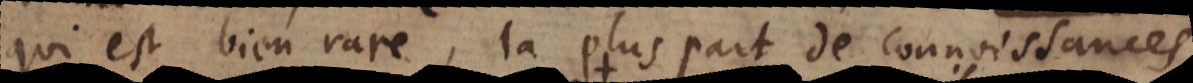
qui est bien rare, la pluspart des connoissances